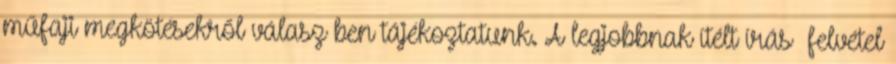
műfaji megkötésekről válasz ben tájékoztatunk. A legjobbnak ítélt írás felvétel